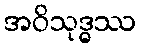
အဝိသုဒ္ဓဿ